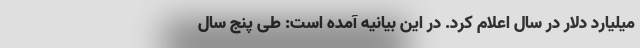
میلیارد دلار در سال اعلام کرد. در این بیانیه آمده است: طی پنج سال